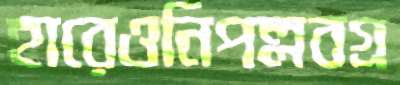
হারেওনিপল্লবগ্র